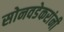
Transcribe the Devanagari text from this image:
सोनवडेकरांनी